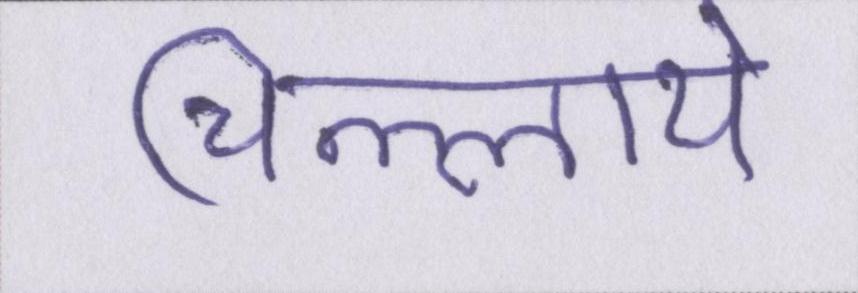
चिल्लाये